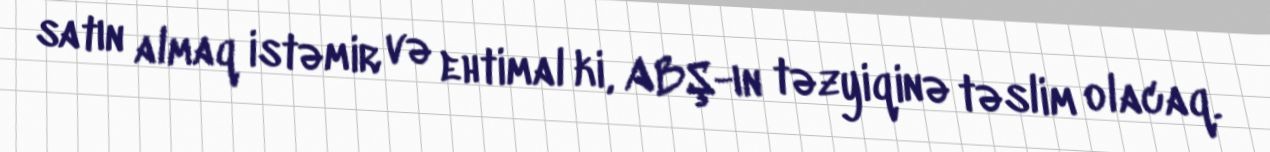
satın almaq istəmir və ehtimal ki, ABŞ-ın təzyiqinə təslim olacaq.